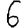
Digit: 6